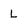
Character: L